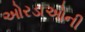
ઓરડાઓની